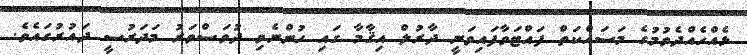
ޅެއްހެއްދެވުމުގެ މަސައްކަތް ފައްޓަވާފައިވަނީ ދާރުލް އިޤާމާ ގައި ހުންނެވި ދުވަސްވަރު މަދަރުސީ ދައުރުގައެވެ.